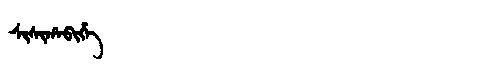
Manchu: ᠰᡳᠰᡳᡥᠠᠪᡳᡥᡝ
Romanization: SISIHABIHE